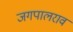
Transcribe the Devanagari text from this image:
जगपालराव